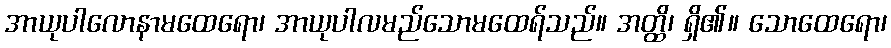
အာယုပါလောနာမထေရော၊ အာယုပါလမည်သောမထေရ်သည်။ အတ္ထိ၊ ရှိ၏။ သောထေရော၊